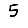
Digit: 5